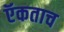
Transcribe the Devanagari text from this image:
ऍकताच